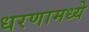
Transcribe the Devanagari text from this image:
धरणामध्ये